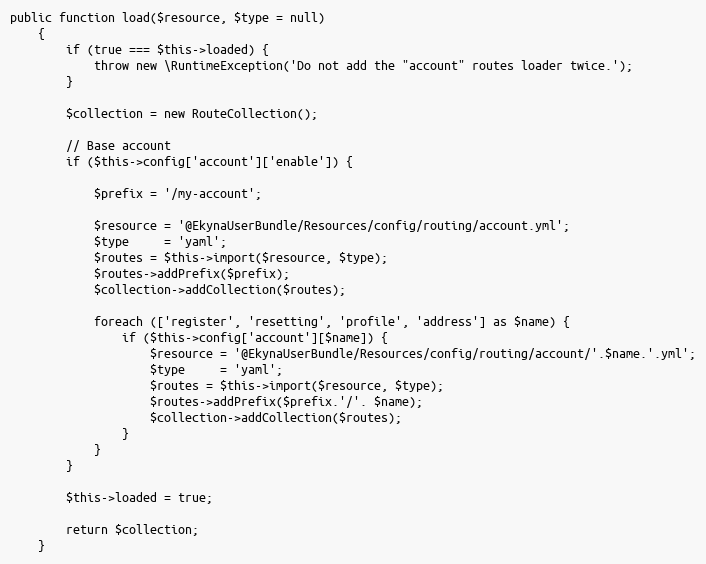
Language: PHP
public function load($resource, $type = null)
    {
        if (true === $this->loaded) {
            throw new \RuntimeException('Do not add the "account" routes loader twice.');
        }

        $collection = new RouteCollection();

        // Base account
        if ($this->config['account']['enable']) {

            $prefix = '/my-account';

            $resource = '@EkynaUserBundle/Resources/config/routing/account.yml';
            $type     = 'yaml';
            $routes = $this->import($resource, $type);
            $routes->addPrefix($prefix);
            $collection->addCollection($routes);

            foreach (['register', 'resetting', 'profile', 'address'] as $name) {
                if ($this->config['account'][$name]) {
                    $resource = '@EkynaUserBundle/Resources/config/routing/account/'.$name.'.yml';
                    $type     = 'yaml';
                    $routes = $this->import($resource, $type);
                    $routes->addPrefix($prefix.'/'. $name);
                    $collection->addCollection($routes);
                }
            }
        }

        $this->loaded = true;

        return $collection;
    }